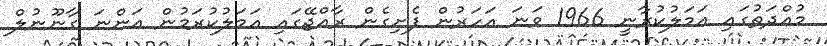
މުއްދަތުގައި އަމަލުކުރާނީ 1966 ވަނަ އަހަރުން ފެށިގެން ރާއްޖޭގައި އަމަލުކުރަމުން އަންނަ ގާނޫނުލް